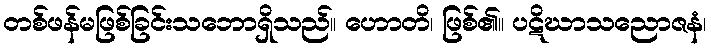
တစ်ဖန်မဖြစ်ခြင်းသဘောရှိသည်။ ဟောတိ၊ ဖြစ်၏။ ပဋိဃာသညောဇနံ၊